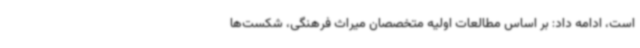
است، ادامه داد: بر اساس مطالعات اولیه متخصصان میراث فرهنگی، شکست‌ها